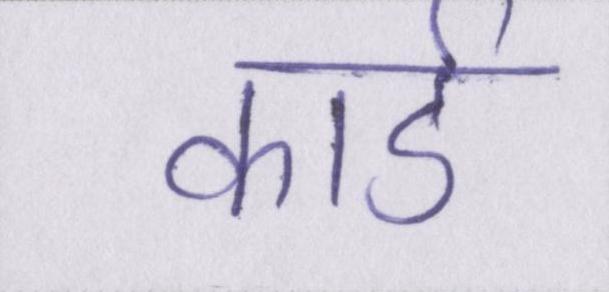
कार्ड